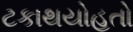
ટકાથયોહતો